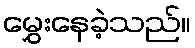
မွှေးနေခဲ့သည်။